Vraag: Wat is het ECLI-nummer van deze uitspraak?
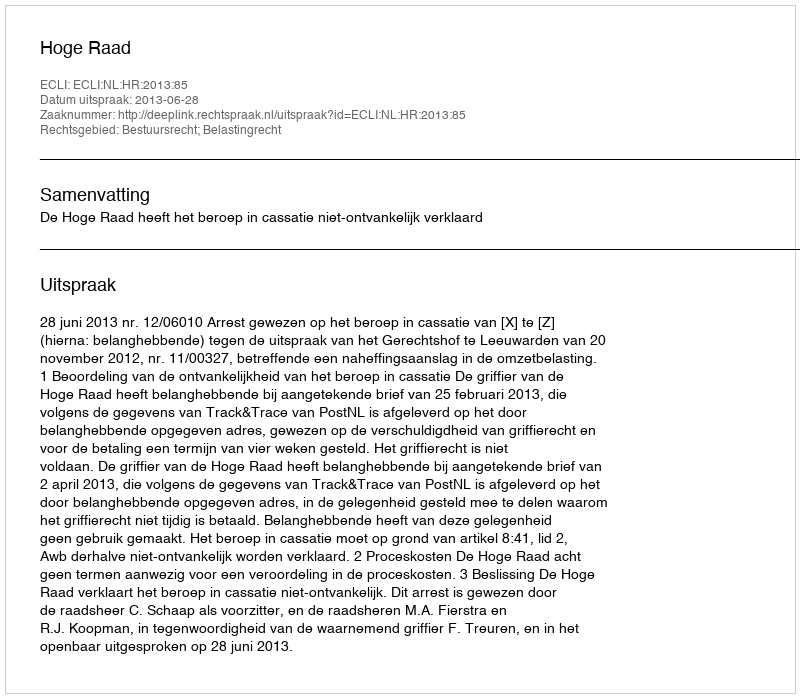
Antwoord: ECLI:NL:HR:2013:85